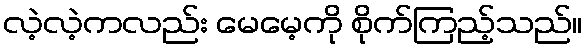
လဲ့လဲ့ကလည်း မေမေ့ကို စိုက်ကြည့်သည်။